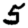
Digit: 5